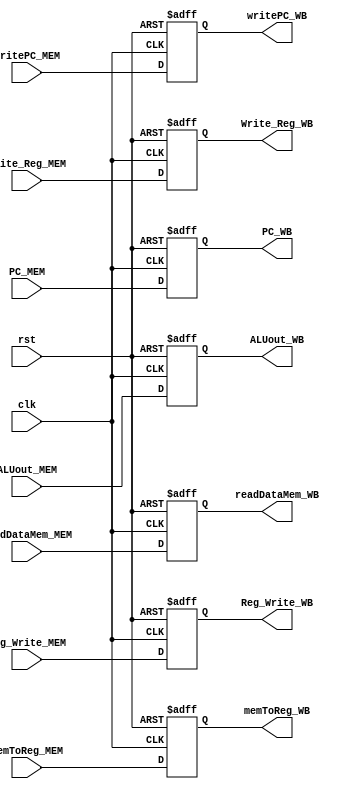
module MEM_WB(input clk,rst,Reg_Write_MEM,memToReg_MEM,writePC_MEM,input[4:0]Write_Reg_MEM,input [31:0] ALUout_MEM,readDataMem_MEM,PC_MEM,output reg Reg_Write_WB,memToReg_WB,writePC_WB,output reg [4:0]Write_Reg_WB,output reg [31:0] ALUout_WB,readDataMem_WB,PC_WB);
always@(posedge clk,posedge rst)begin
    if(rst)begin
        Reg_Write_WB<=0;
        memToReg_WB<=0;
        writePC_WB<=0;
        Write_Reg_WB<=0;
        ALUout_WB<=0;
        readDataMem_WB<=0;
        PC_WB<=0;
    end
    else begin
        Reg_Write_WB<=Reg_Write_MEM;
        memToReg_WB<=memToReg_MEM;
        writePC_WB<=writePC_MEM;
        Write_Reg_WB<=Write_Reg_MEM;
        ALUout_WB<=ALUout_MEM;
        readDataMem_WB<=readDataMem_MEM;
        PC_WB<=PC_MEM;
    end
end

endmodule